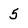
Character: 5